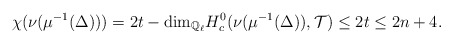
\begin{align*}\chi(\nu(\mu^{-1}(\Delta))) = 2t - \mathrm{dim}_{\mathbb{Q}_\ell} H^0_c(\nu(\mu^{-1}(\Delta)),\mathcal{T}) \le 2t \le 2n + 4.\end{align*}